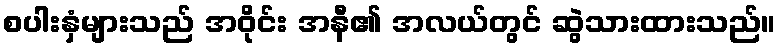
စပါးနှံများသည် အဝိုင်း အနီ၏ အလယ်တွင် ဆွဲသားထားသည်။